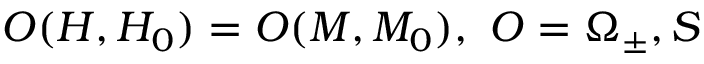
O ( H , H _ { 0 } ) = O ( M , M _ { 0 } ) , \, \, O = \Omega _ { \pm } , S